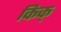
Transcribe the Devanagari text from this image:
किक्